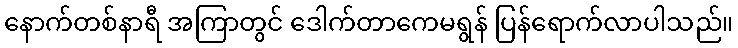
နောက်တစ်နာရီ အကြာတွင် ဒေါက်တာကေမရွန် ပြန်ရောက်လာပါသည်။